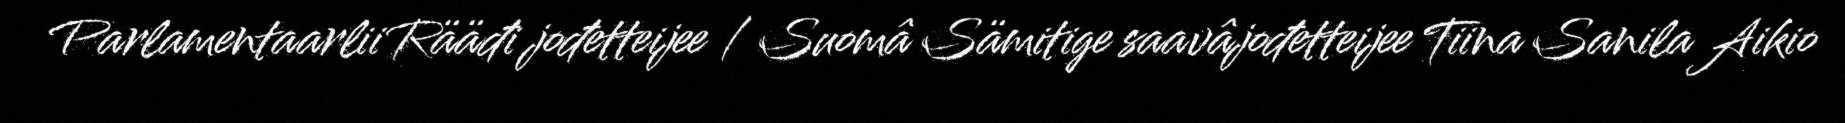
Parlamentaarlii Rääđi jođetteijee / Suomâ Sämitige saavâjođetteijee Tiina Sanila Aikio